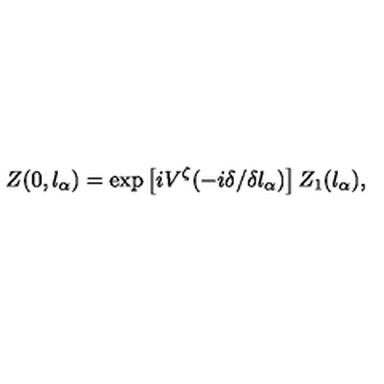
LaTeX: Z ( 0 , l _ { \alpha } ) = \exp \left[ i V ^ { \zeta } ( - i \delta / \delta l _ { \alpha } ) \right] Z _ { 1 } ( l _ { \alpha } ) ,